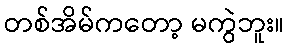
တစ်အိမ်ကတော့ မကွဲဘူး။